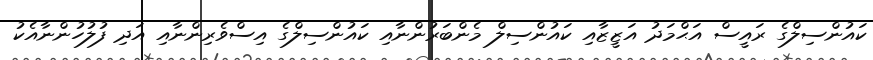
ކައުންސިލްގެ ރައީސް އަޙްމަދު އަޒީޒާއި ކައުންސިލް މެންބަރުންނާއި ކައުންސިލްގެ އިސްވެރިންނާއި އަދި ފުލުހުންނާއެކު